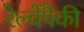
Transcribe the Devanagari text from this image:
रेल्वेंपैकी